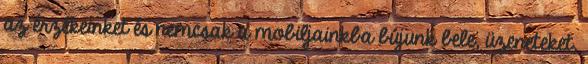
az érzékeinket és nemcsak a mobiljainkba bújunk bele, üzeneteket,